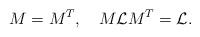
LaTeX: \begin{align*}M = M^T, \quad M{\cal{L}}M^T = {\cal{L}}.\end{align*}